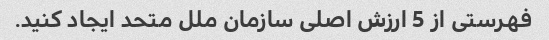
فهرستی از 5 ارزش اصلی سازمان ملل متحد ایجاد کنید.